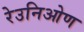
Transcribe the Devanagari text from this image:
रेउनिओण